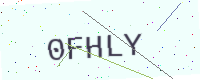
Text: 0FHLY